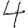
Digit: 4